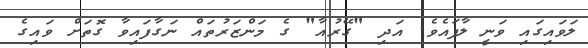
ލަވައިގައި ވަނީ ލާފައެވެ. އަދި "ގޭރުއާ" ގެ މަންޒަރުތައް ނަގާފައިވާ ގޮތަށް ވައިގެ